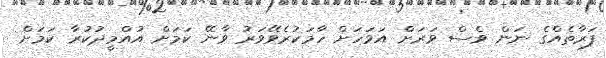
ފަރާތެއްގެ ނަން ވެސް ވަރަށް އަވަހަށް ހާމަކުރެވޭވަރު ވާނޭ ކަމަށް އުއްމީދުކުރާ ކަމަށް